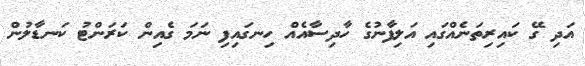
އަދި ގޭ ކައިރިތަނެއްގައި އަލިފާނުގެ ހާދިސާއެއް ހިނގައިފި ނަމަ ގެއިން ކަރަންޓު ކަނޑާލުން